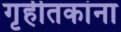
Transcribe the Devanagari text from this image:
गृहीतकांना